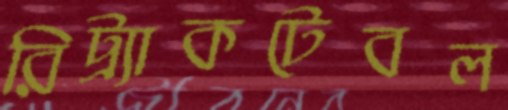
রিট্র্যাকটেবল